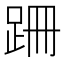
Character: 跚